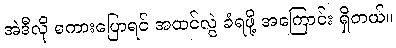
အဲဒီလို စကားပြောရင် အထင်လွဲ ခံရဖို့ အကြောင်း ရှိတယ်။